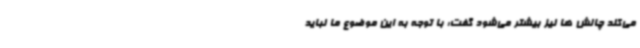
می‌کند چالش ها نیز بیشتر می‌شود گفت: با توجه به این موضوع ما نباید